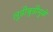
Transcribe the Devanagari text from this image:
लुडीबुडीमुळे